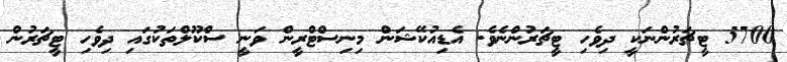
5700 ޓީޗަރުންނަކީ ދިވެހި ޓީޗަރުންނެވެ. އެޑިއުކޭޝަން މިނިސްޓްރީން ވަނީ ސްކޫލްތަކުގައި ދިވެހި ޓީޗަރުން